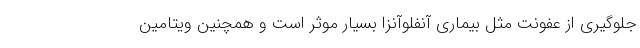
جلوگیری از عفونت مثل بیماری آنفلوآنزا بسیار موثر است و همچنین ویتامین